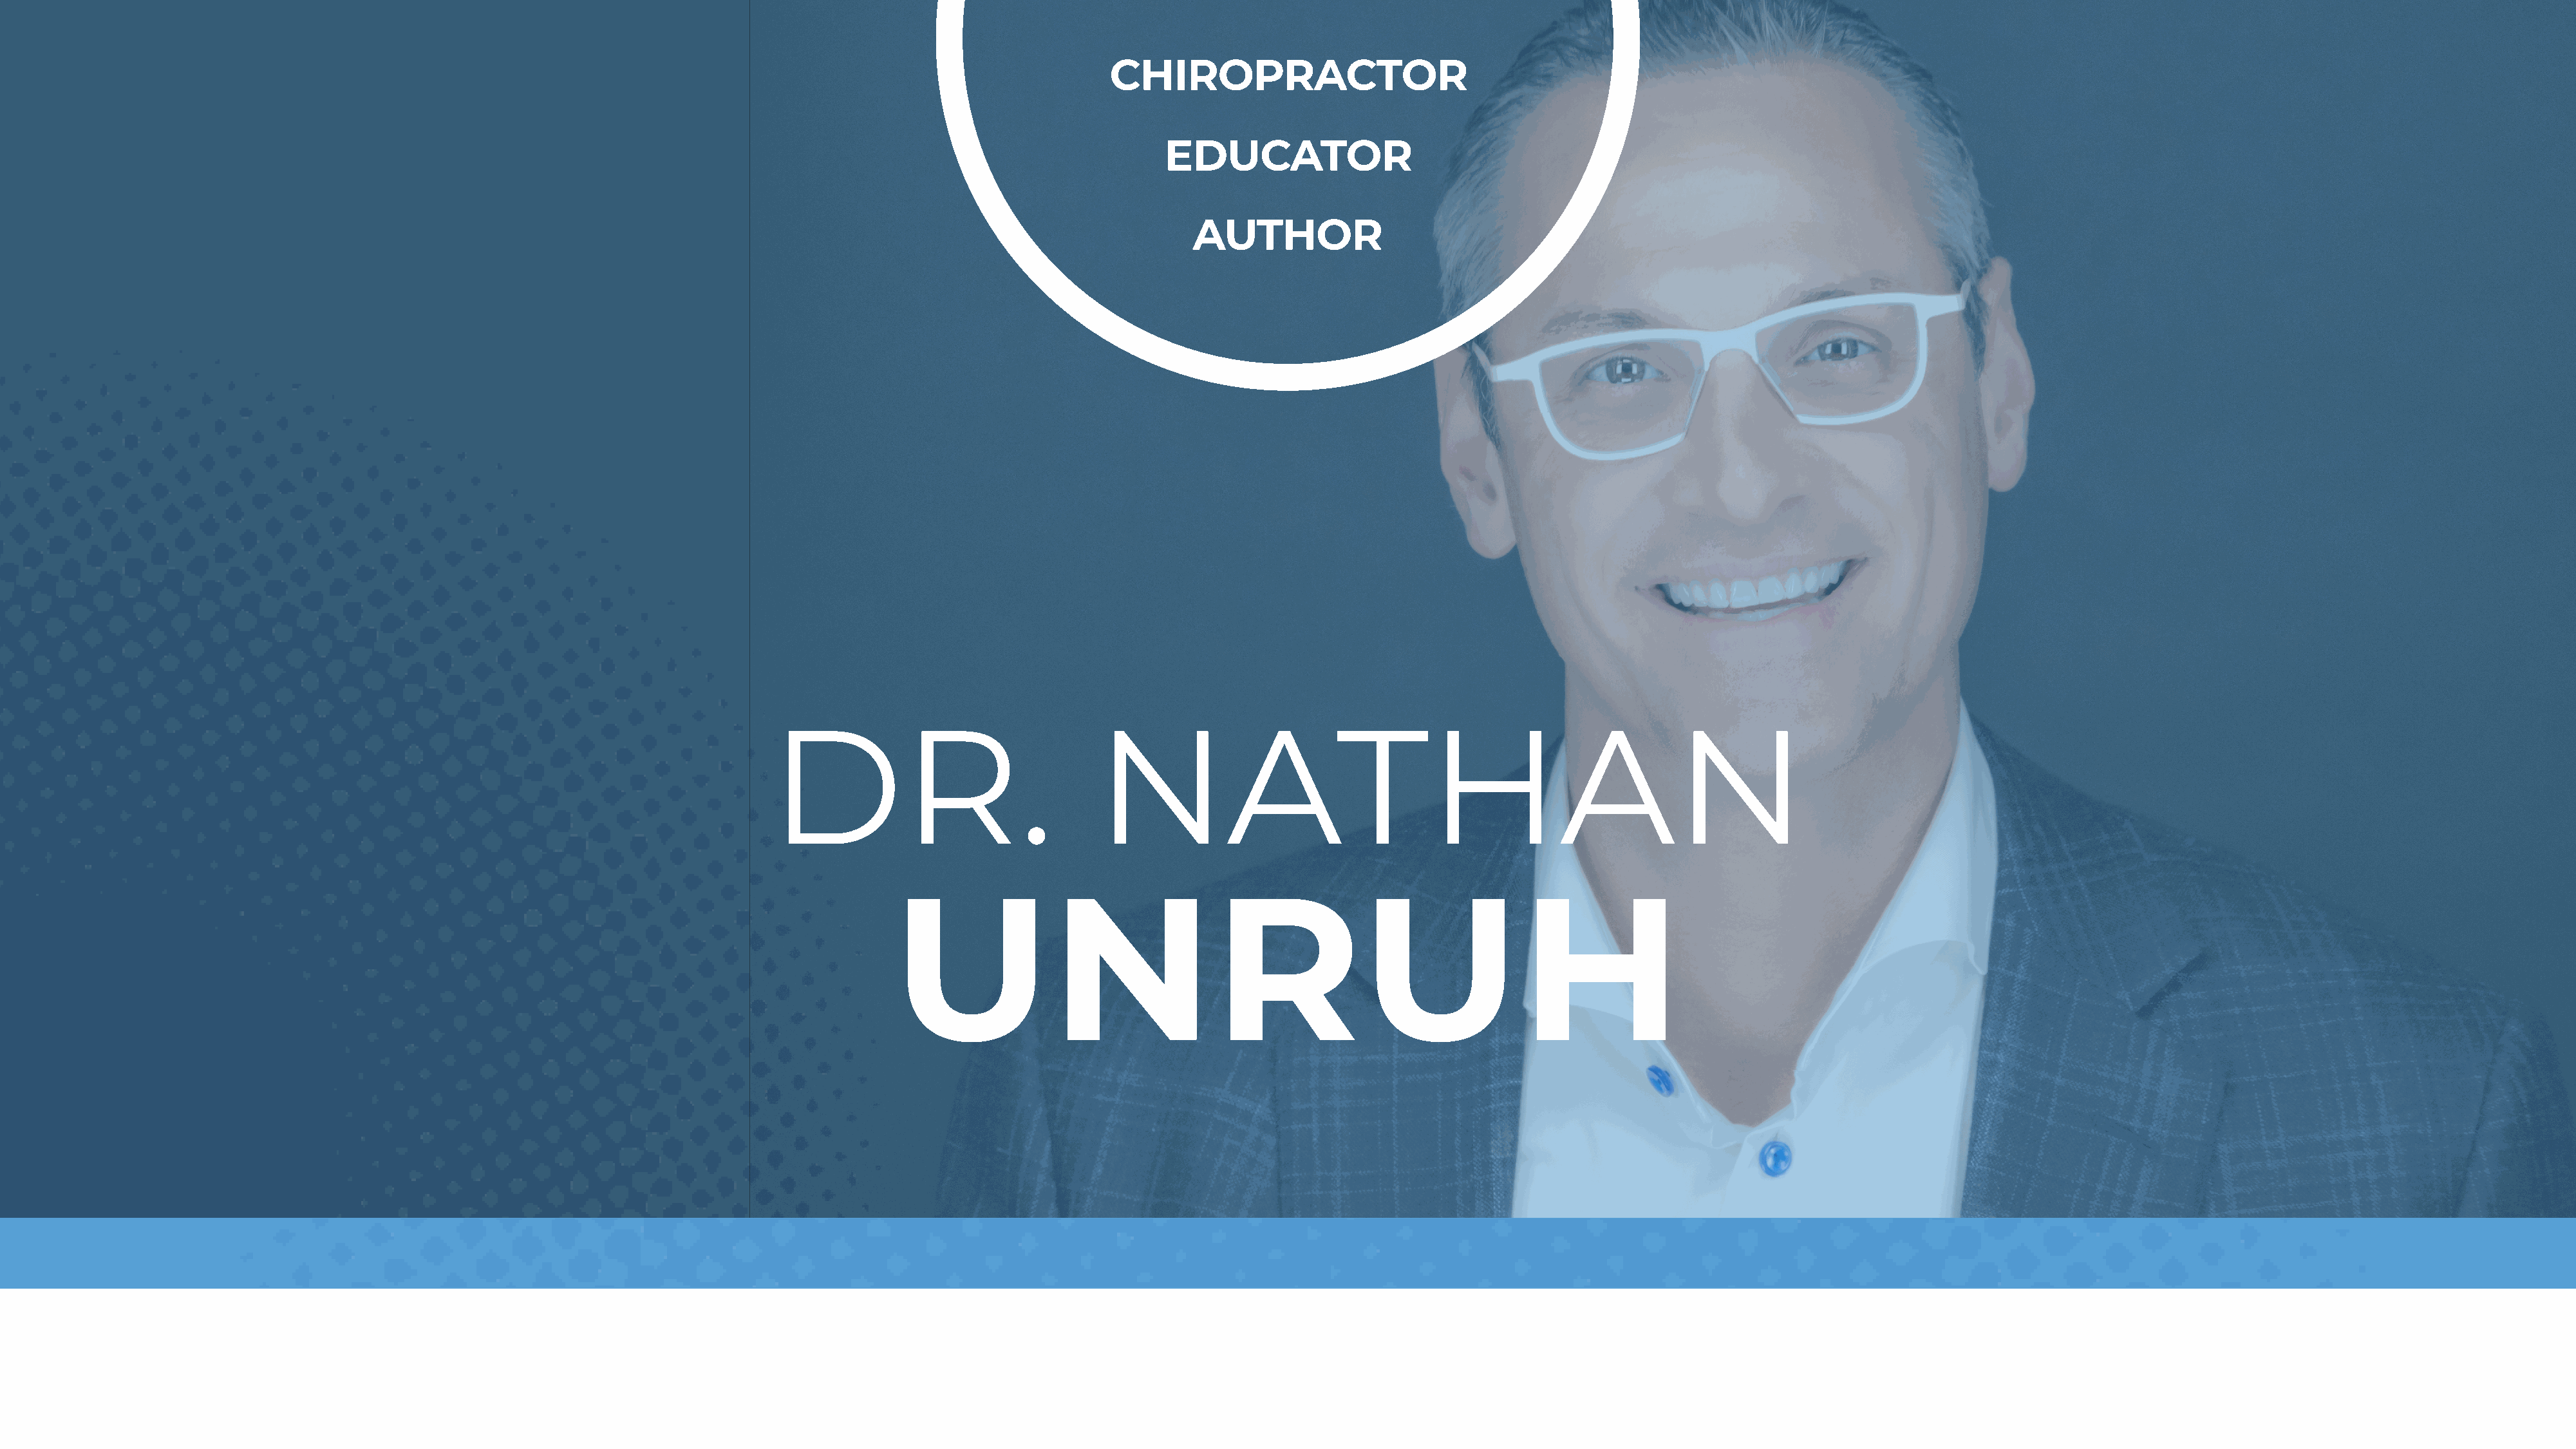
CHIROPRACTOR
 EDUCATOR
 AUTHOR
 DR.                               NATHAN
 UNRUH